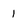
Character: I